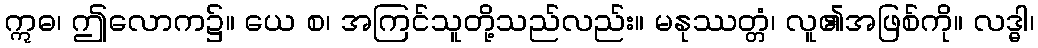
ဣဓ၊ ဤလောက၌။ ယေ စ၊ အကြင်သူတို့သည်လည်း။ မနုဿတ္တံ၊ လူ၏အဖြစ်ကို။ လဒ္ဓါ၊